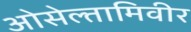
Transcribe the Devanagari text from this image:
ओसेल्तामिवीर